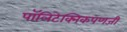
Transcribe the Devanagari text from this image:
पॉलिटेक्निकपणजी